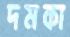
দমকা